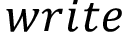
w r i t e